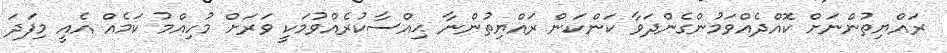
ރައްޔިތުންނަށް ކޮއްދެއްވަމުންގެންދަވާ ކަންކަން ރައްޔިތުންނާ ޙިއްސާކުރެއްވުމަކީ ވަރަށް މުހިއްމު ކަމެއް އެއީ މިފަދަ